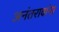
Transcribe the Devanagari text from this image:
अनंतरावांना